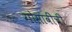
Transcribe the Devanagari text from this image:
गोसावींची